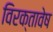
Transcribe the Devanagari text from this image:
विरक्तावेष